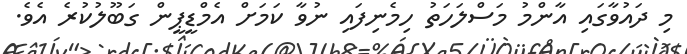
މި ދައުވާގައި އާންމު މަސްލަހަތު ހިމެނިފައި ނުވާ ކަމަށް އެމްޑީޕީން ގަބޫލުކުރެ އެވެ.